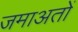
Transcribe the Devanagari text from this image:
जमाअतों